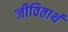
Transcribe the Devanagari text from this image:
जीवितार्थ